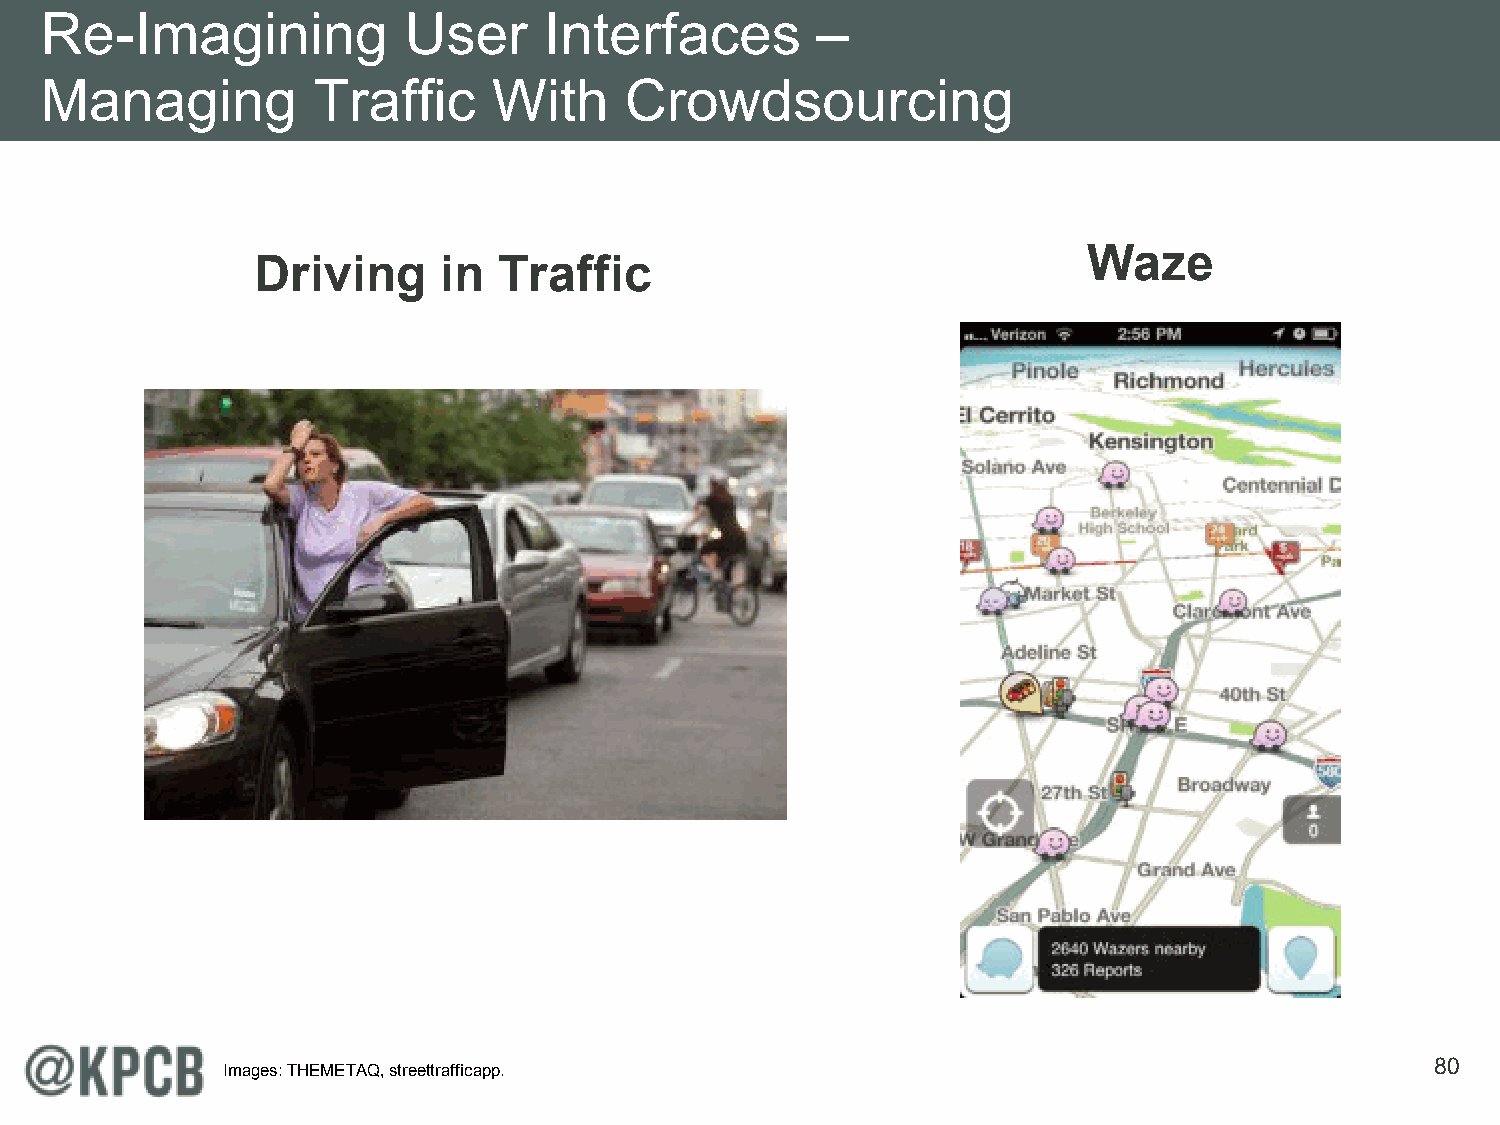
Re-Imagining            User     Interfaces        –
 Managing          Traffic     With    Crowdsourcing
 Waze
 Driving     in  Traffic
 80
 Images: THEMETAQ, streettrafficapp.